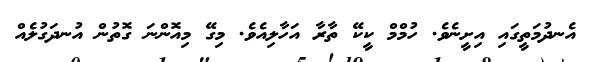
އެނދުމަތީގައި އިށީނެވެ. ހުމްމް ކީކޭ ތާރާ އަހާލިއެވެ. މިގޭ މިއޮންނަ ގޮތުން އުނދަގުލެއް